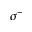
\sigma ^ { - }